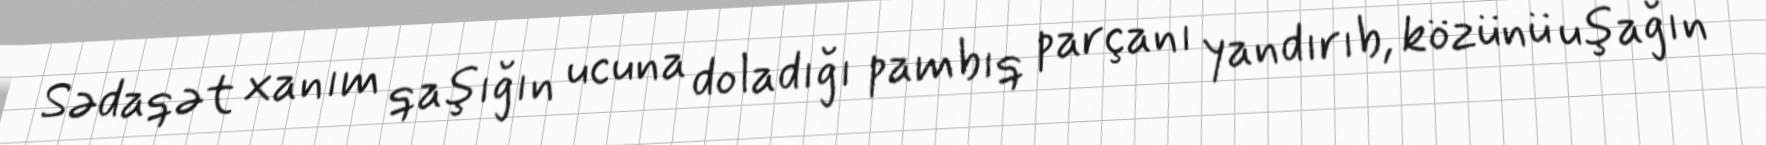
Sədaqət xanım qaşığın ucuna doladığı pambıq parçanı yandırıb, közünü uşağın